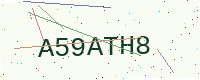
Text: A59ATH8